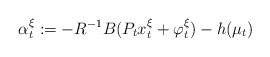
\begin{align*}\alpha^\xi_t:=-R^{-1}B(P_tx^\xi_t+\varphi_t^\xi)-h(\mu_t)\end{align*}